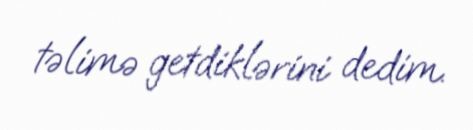
təlimə getdiklərini dedim.